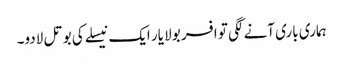
ہماری باری آنے لگی تو افسر بولا یار ایک نیسلے کی بوتل لادو۔